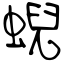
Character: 蜺